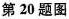
第20题图